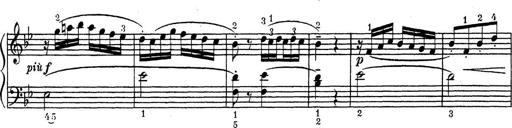
Title: ÄŒeskÃ© Sonatiny
Composer: Various